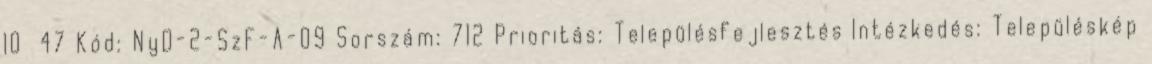
10 47 Kód: NyD-2-SzF-A-09 Sorszám: 712 Prioritás: Településfejlesztés Intézkedés: Településkép